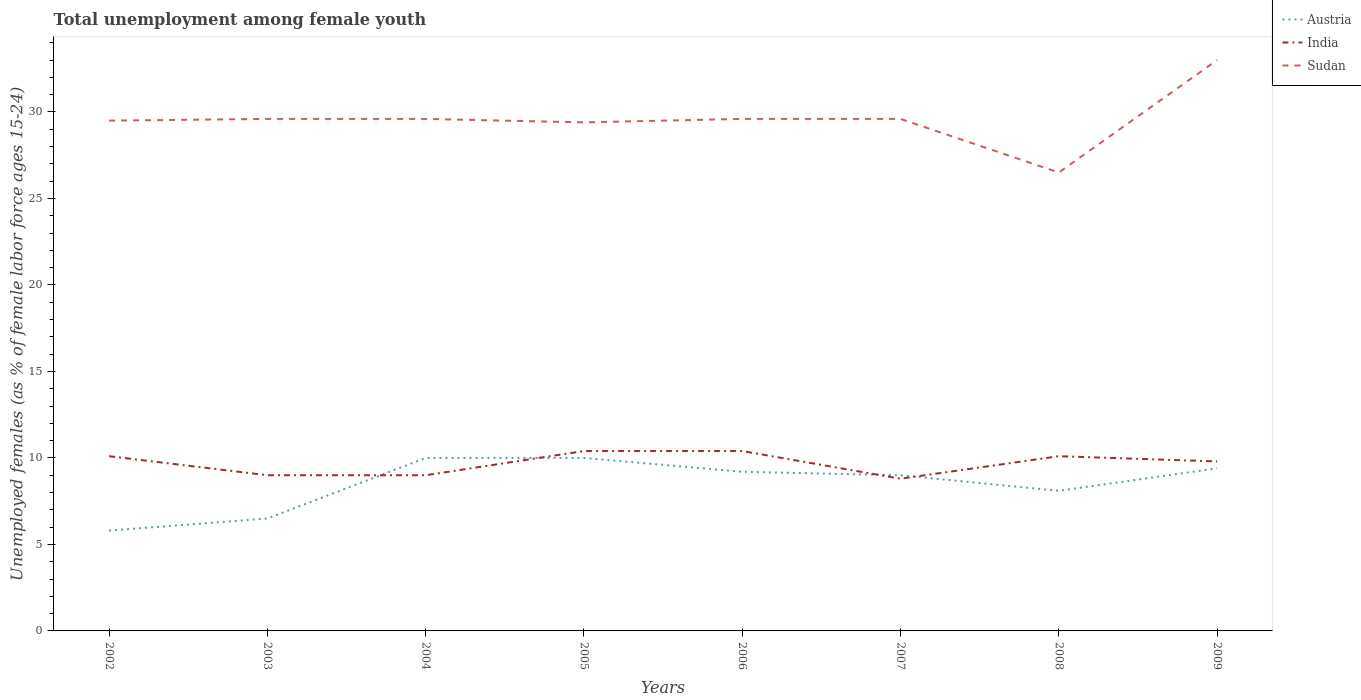
| Years | Austria | India | Sudan |
 | --- | --- | --- | --- |
 | 2002 | 5.8 | 10.1 | 29.5 |
 | 2003 | 6.5 | 9 | 29.6 |
 | 2004 | 10 | 9 | 29.6 |
 | 2005 | 10 | 10.4 | 29.4 |
 | 2006 | 9.2 | 10.4 | 29.6 |
 | 2007 | 9 | 8.8 | 29.6 |
 | 2008 | 8.1 | 10.1 | 26.5 |
 | 2009 | 9.4 | 9.8 | 33 |